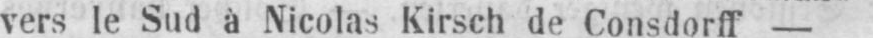
vers le Sud à Nicolas Kirsch de Consdorff -